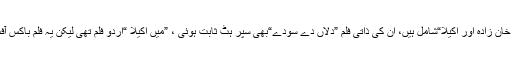
مشہور فلموں میں آسو بلا ،بلا چمپئن ، خان زادہ اور اکیلا“شامل ہیں، ان کی ذاتی فلم ”دلاں دے سودے“بھی سپر ہٹ ثابت ہوئی ، ”میں اکیلا “اردو فلم تھی لیکن یہ فلم باکس آفس پر کامیابی سے ہمکنار نہ ہو سکی۔